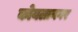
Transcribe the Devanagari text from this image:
कोयलानगर